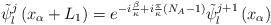
LaTeX: \begin{align*}{\tilde \psi}_{l}^{j}\left(x_{\alpha}+L_{1}\right)= e^{-i\frac{\beta}{\kappa} + i\frac{\pi}{\kappa}\left(N_{A}-1\right)}{\tilde \psi}_{l}^{j+1}\left(x_{\alpha}\right)\end{align*}